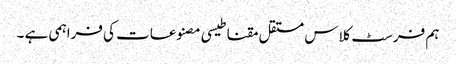
ہم فرسٹ کلاس مستقل مقناطیسی مصنوعات کی فراہمی ہے ۔